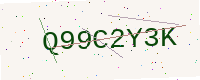
Text: Q99C2Y3K